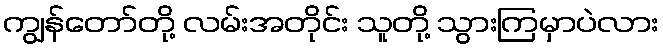
ကျွန်တော်တို့ လမ်းအတိုင်း သူတို့ သွားကြမှာပဲလား